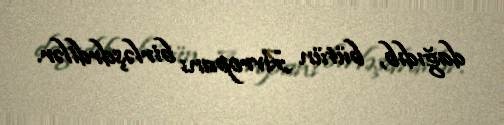
dağıdıb, bütün Avropanı birləşdrdilər.